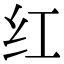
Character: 红